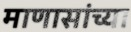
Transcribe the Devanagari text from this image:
माणासांच्या